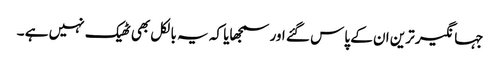
جہانگیر ترین ان کے پاس گئے اور سمجھایا کہ یہ بالکل بھی ٹھیک نہیں ہے ۔